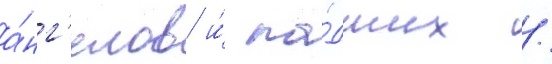
а́нг'елов и́ па́дших /